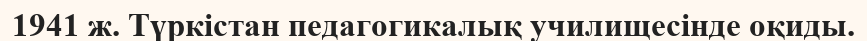
1941 ж. Түркістан педагогикалық училищесінде оқиды.